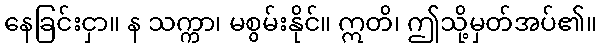
နေခြင်းငှာ။ န သက္ကာ၊ မစွမ်းနိုင်။ ဣတိ၊ ဤသို့မှတ်အပ်၏။